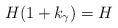
LaTeX: \begin{align*}H(1+k_\gamma)=H\end{align*}